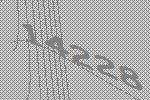
14228